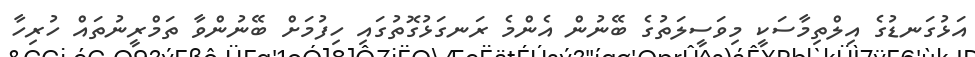
އަޅުގަނޑުގެ އިލްތިމާސަކީ މިވަސީލަތުގެ ބޭނުން އެންމެ ރަނގަޅުގޮތުގައި ހިފުމަށް ބޭނުންވާ ތަމްރީނުތައް ހުރިހާ